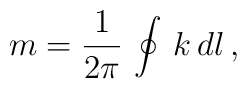
m = {1\over 2\pi}\, \oint \, k \, dl\, ,